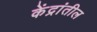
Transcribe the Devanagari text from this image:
केंद्रांतील